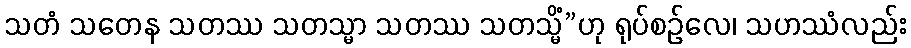
သတံ သတေန သတဿ သတသ္မာ သတဿ သတသ္မိံ”ဟု ရုပ်စဉ်လေ၊ သဟဿံလည်း